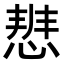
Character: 𭝢